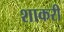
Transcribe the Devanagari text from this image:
शाकरी